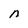
Character: n